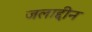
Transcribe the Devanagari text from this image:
जलाद्दीन